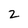
Character: 2